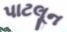
પાટલૂન